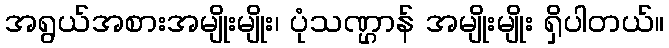
အရွယ်အစားအမျိုးမျိုး၊ ပုံသဏ္ဌာန် အမျိုးမျိုး ရှိပါတယ်။